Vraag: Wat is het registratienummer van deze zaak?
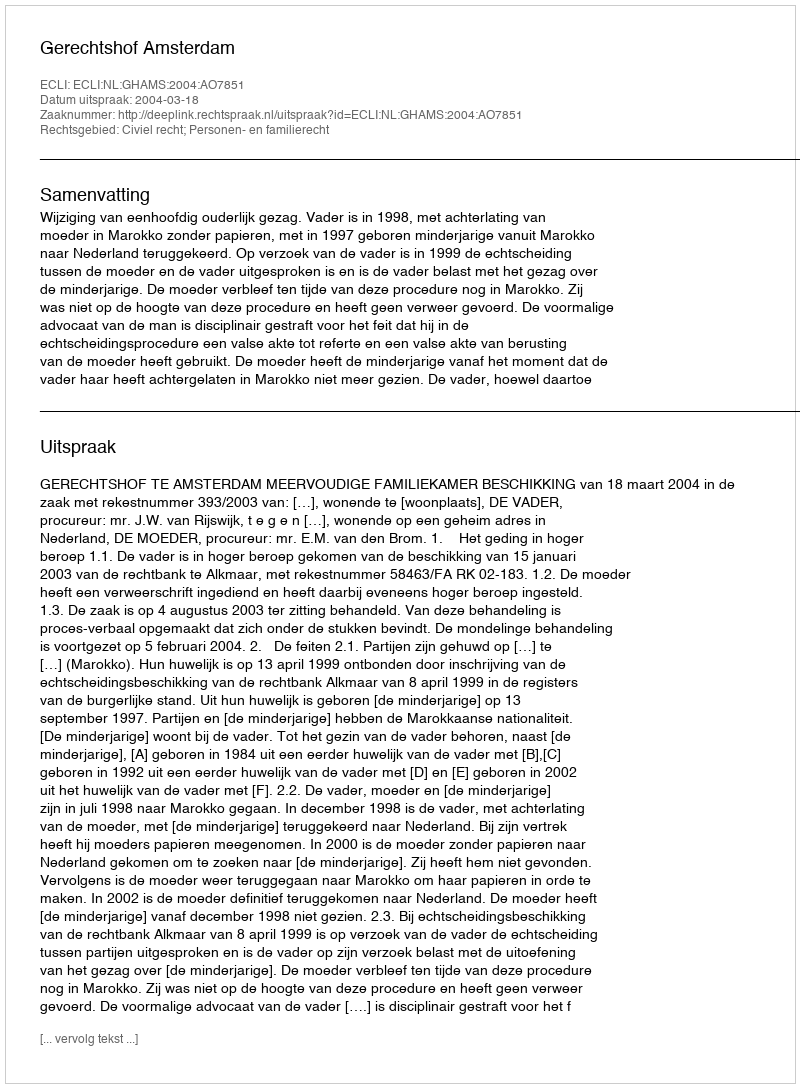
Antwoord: http://deeplink.rechtspraak.nl/uitspraak?id=ECLI:NL:GHAMS:2004:AO7851